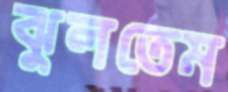
ঝুলতেম